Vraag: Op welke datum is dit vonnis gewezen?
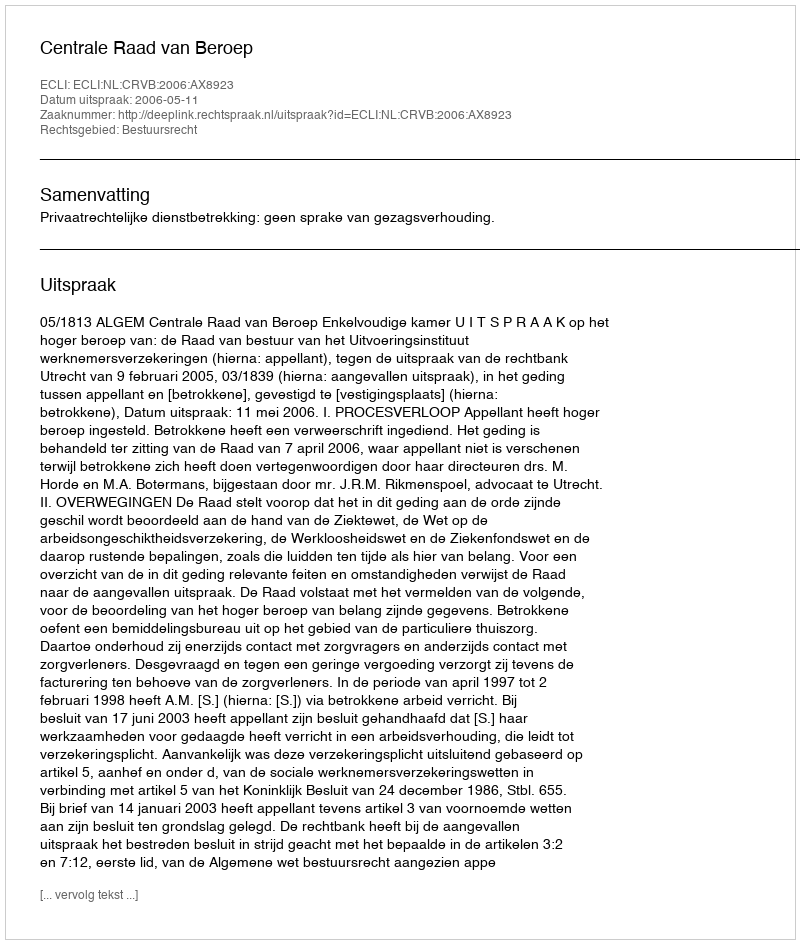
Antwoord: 2006-05-11